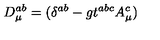
D _ { \mu } ^ { a b } = ( \delta ^ { a b } - g t ^ { a b c } A _ { \mu } ^ { c } )